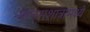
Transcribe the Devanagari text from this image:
मानसशात्रामध्ये